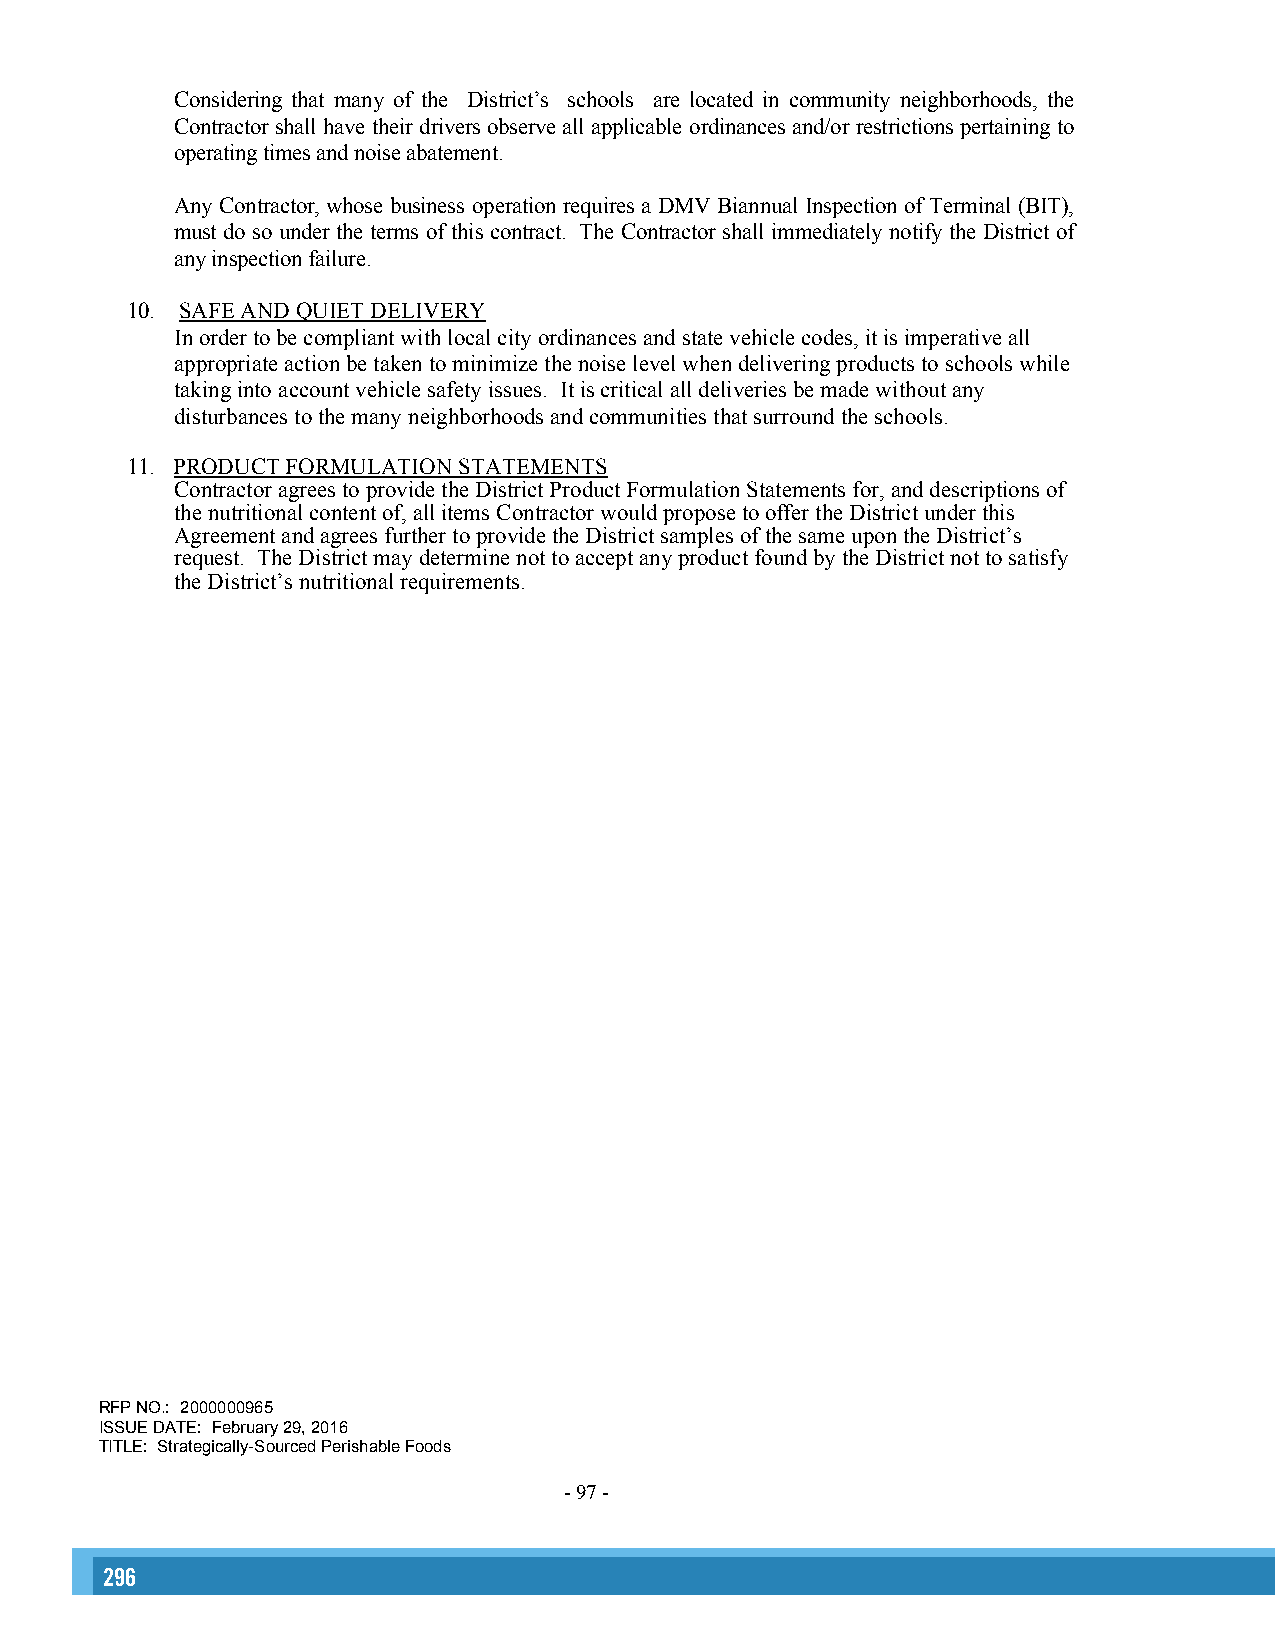
Considering that many of the District’s schools are located in community neighborhoods, the
 Contractor shall have their drivers observe all applicable ordinances and/or restrictions pertaining to
 operating times and noise abatement.
 Any Contractor, whose business operation requires a DMV Biannual Inspection of Terminal (BIT),
 must do so under the terms of this contract. The Contractor shall immediately notify the District of
 any inspection failure.
 10. SAFE AND QUIET DELIVERY
 In order to be compliant with local city ordinances and state vehicle codes, it is imperative all
 appropriate action be taken to minimize the noise level when delivering products to schools while
 taking into account vehicle safety issues. It is critical all deliveries be made without any
 disturbances to the many neighborhoods and communities that surround the schools.
 11. PRODUCT FORMULATION STATEMENTS
 Contractor agrees to provide the District Product Formulation Statements for, and descriptions of
 the nutritional content of, all items Contractor would propose to offer the District under this
 Agreement and agrees further to provide the District samples of the same upon the District’s
 request. The District may determine not to accept any product found by the District not to satisfy
 the District’s nutritional requirements.
 RFP NO.: 2000000965
 ISSUE DATE: February 29, 2016
 TITLE: Strategically-Sourced Perishable Foods
 -97 -
 296                                                                                                                                                      297